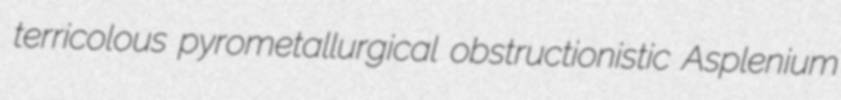
terricolous pyrometallurgical obstructionistic Asplenium